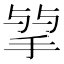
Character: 𢮠